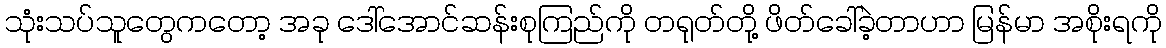
သုံးသပ်သူတွေကတော့ အခု ဒေါ်အောင်ဆန်းစုကြည်ကို တရုတ်တို့ ဖိတ်ခေါ်ခဲ့တာဟာ မြန်မာ အစိုးရကို